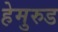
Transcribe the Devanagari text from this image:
हेमुरुड